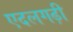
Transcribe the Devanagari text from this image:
एदलगढ़ी